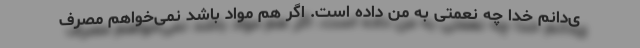
ی‌دانم خدا چه نعمتی به من داده است. اگر هم مواد باشد نمی‌خواهم مصرف